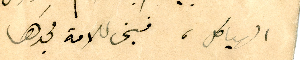
الهياكل، فبنى للامة مجدَها